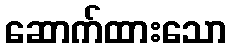
ဆောက်ထားသော